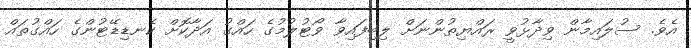
އެވެ. ސުލައިމާން ވިދާޅުވީ ރައްޔިތުންނަށް ލިބިފައިވާ ވޯޓުލުމުގެ ހައްގު އަދާކޮށް ކެނޑިޑޭޓުންގެ ހައްގުތައް